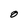
Character: O